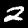
Digit: 2